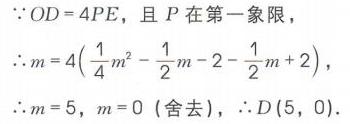
\(\because OD = 4PE\)，且 \(P\)在第一象限，
\(\therefore m = 4\left(\frac{1}{4}m^{2}-\frac{1}{2}m - 2-\frac{1}{2}m + 2\right)\)，
\(\therefore m = 5\)，\(m = 0\)（舍去），\(\therefore D(5,0)\).